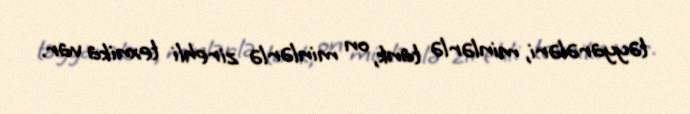
təyyarələri, minlərlə tank, on minlərlə zirehli texnika var.